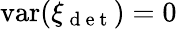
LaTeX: \mathrm{var}(\xi_{\mathrm{~d~e~t~}})=0